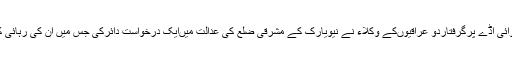
جان ایف کینیڈی ہوائی اڈے پرگرفتاردو عراقیوںکے وکلاء نے نیویارک کے مشرقی ضلع کی عدالت میںایک درخواست دائرکی جس میں ان کی رہائی کامطالبہ کیاگیاہے۔